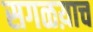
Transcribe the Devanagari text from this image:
सगळय़ाच